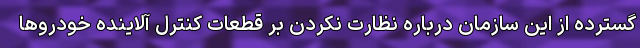
گسترده از این سازمان درباره نظارت نکردن بر قطعات کنترل آلاینده خودروها